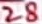
Text: 28